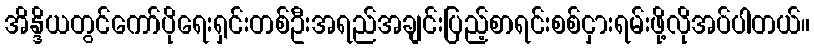
အိန္ဒိယတွင်ကော်ပိုရေးရှင်းတစ်ဦးအရည်အချင်းပြည့်စာရင်းစစ်ငှားရမ်းဖို့လိုအပ်ပါတယ်။